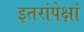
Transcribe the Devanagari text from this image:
इतरांपेक्षां